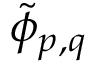
\tilde { \phi } _ { p , q }